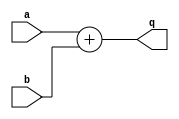
module adder(a, b, q);
    input   [3:0]   a, b;
    output  [3:0]   q;

    assign q = a + b;

endmodule